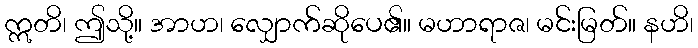
ဣတိ၊ ဤသို့။ အာဟ၊ လျှောက်ဆိုပေ၏။ မဟာရာဇ၊ မင်းမြတ်။ နဟိ၊